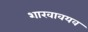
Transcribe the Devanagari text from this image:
शाखावयव